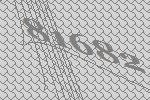
81682